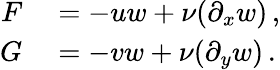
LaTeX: \begin{array}{rl}{F}&{{}=-uw+\nu(\partial_{x}w)\, ,}\\ {G}&{{}=-vw+\nu(\partial_{y}w)\, .}\end{array}